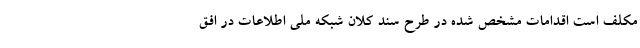
مکلف است اقدامات مشخص شده در طرح سند کلان شبکه ملی اطلاعات در افق